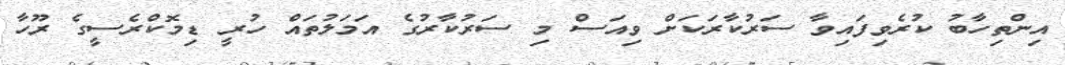
އިންތިހާބު ކުރެވިފައިވާ ސަރުކާރަކަށް ވިއަސް މި ސަރުކާރުގެ އަމަލުތައް ހުރީ ޑިމޮކްރެސީގެ ރޫހާ